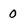
Character: 0